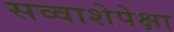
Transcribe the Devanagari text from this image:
सव्‍वाशेपेक्षा